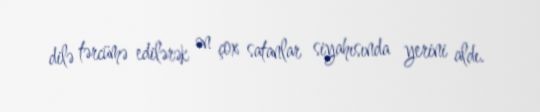
dilə tərcümə edilərək ən çox satanlar siyahısında yerini aldı.